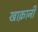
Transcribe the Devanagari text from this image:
खाक़ानी